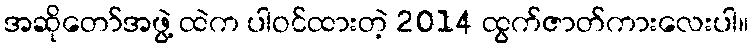
အဆိုတော်အဖွဲ့ ထဲက ပါဝင်ထားတဲ့ 2014 ထွက်ဇာတ်ကားလေးပါ။